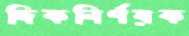
দিকনির্ণয়ক